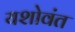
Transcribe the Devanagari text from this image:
यशोवंत